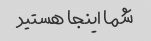
شما اینجا هستید